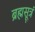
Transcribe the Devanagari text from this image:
ब्रह्मसूत्रं